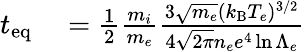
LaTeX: \begin{array}{rl}{t_{\mathrm{eq}}}&{{}=\frac{1}{2}\frac{m_{i}}{m_{e}}\frac{3\sqrt{m_{e}}(k_{\mathrm{B}}T_{e})^{3/2}}{4\sqrt{2\pi}n_{e}e^{4}\ln{\Lambda_{e}}}}\end{array}